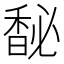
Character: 馝